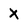
Character: X